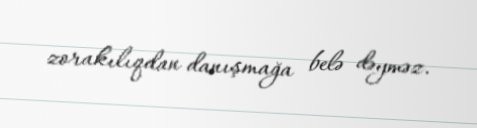
zorakılıqdan danışmağa belə dəyməz.